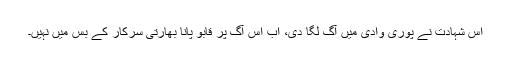
اس شہادت نے پوری وادی میں آگ لگا دی، اب اس آگ پر قابو پانا بھارتی سرکار کے بس میں نہیں۔